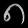
Digit: ၈